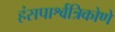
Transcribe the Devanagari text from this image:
हंसपार्श्वत्रिकोणे